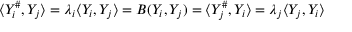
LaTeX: \langle Y _ { i } ^ { \# } , Y _ { j } \rangle = \lambda _ { i } \langle Y _ { i } , Y _ { j } \rangle = B ( Y _ { i } , Y _ { j } ) = \langle Y _ { j } ^ { \# } , Y _ { i } \rangle = \lambda _ { j } \langle Y _ { j } , Y _ { i } \rangle